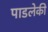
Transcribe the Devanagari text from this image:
पाडलेकी